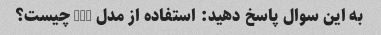
به این سوال پاسخ دهید: استفاده از مدل GPT چیست؟